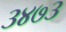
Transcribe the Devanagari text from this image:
३४७३